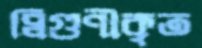
দ্বিগুণীকৃত